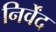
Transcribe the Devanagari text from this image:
निर्वेंद